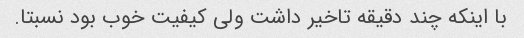
با اینکه چند دقیقه تاخیر داشت ولی کیفیت خوب بود نسبتا.